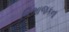
વિભાજકના